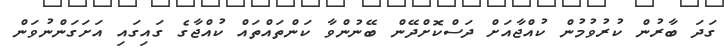
ގަދަ ބާރުން ކުރުވުމުން ކުއްޖާއަށް ދަސްކޮށްދޭން ބޭނުންވާ ކަންތައްތައް ކުއްޖާގެ ގައިގައި އަށަގަންނުވަން